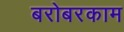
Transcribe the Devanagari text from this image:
बरोबरकाम